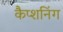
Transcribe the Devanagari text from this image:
कैप्शनिंग